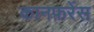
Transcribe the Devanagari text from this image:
कानफ़रेंस